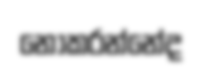
නොකරන්නේද